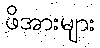
ဖိအားများ